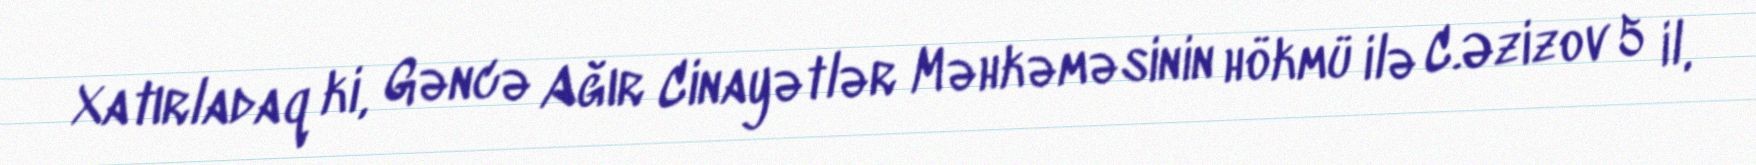
Xatırladaq ki, Gəncə Ağır Cinayətlər Məhkəməsinin hökmü ilə C.Əzizov 5 il,